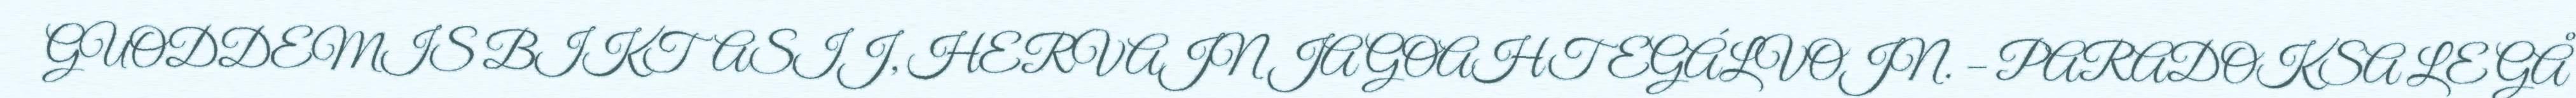
GUODDEMIS BIKTASIJ, HERVAJN JA GOAHTEGÁLVOJN. – PARADOKSA LE GÅ